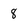
Character: 8